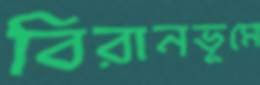
বিরানভূমে